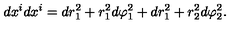
d x ^ { i } d x ^ { i } = d r _ { 1 } ^ { 2 } + r _ { 1 } ^ { 2 } d \varphi _ { 1 } ^ { 2 } + d r _ { 1 } ^ { 2 } + r _ { 2 } ^ { 2 } d \varphi _ { 2 } ^ { 2 } .